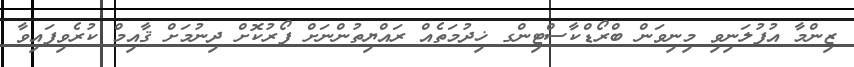
ޒިންމާ އުފުލަނިވި މިނިވަން ބްރޯޑްކާސްޓިންގ ޚިދުމަތެއް ރައްޔިތުންނަށް ފޯރުކޮށް ދިނުމަށް ޤާއިމް ކުރެވިފައިވާ